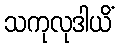
သကုလုဒါယိံ